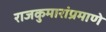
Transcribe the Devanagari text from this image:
राजकुमारांप्रमाणे